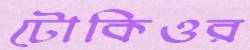
টোকিওর